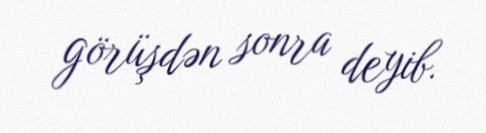
görüşdən sonra deyib.